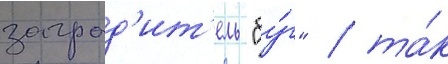
заград'ит'ель "бу́г" / та́к